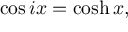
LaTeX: \cos i x = \cosh x ,